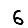
Digit: 6